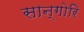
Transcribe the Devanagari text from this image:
सान्गोरि